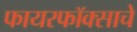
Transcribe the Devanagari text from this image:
फायरफॉक्साचे